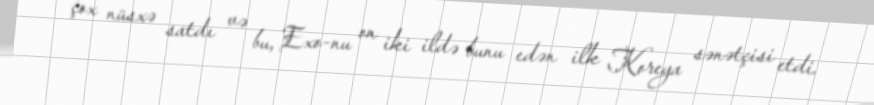
çox nüsxə satdı və bu, Exo-nu on iki ildə bunu edən ilk Koreya sənətçisi etdi.